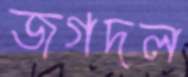
জগদল